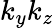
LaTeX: k_{y}k_{z}